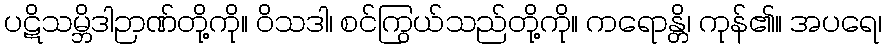
ပဋိသမ္ဘိဒါဉာဏ်တို့ကို။ ဝိသဒါ၊ စင်ကြွယ်သည်တို့ကို။ ကရောန္တိ၊ ကုန်၏။ အပရေ၊